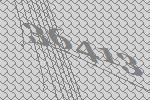
36413